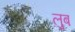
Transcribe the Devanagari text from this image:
लुब